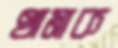
থামাক